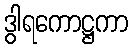
ဒွါရကောဋ္ဌကာ